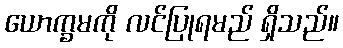
ယောက္ခမကို လင်ပြုရမည် ရှိသည်။